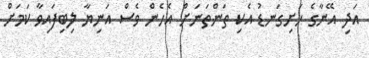
އަދި އޭނާގެ ހަށިގަނޑު އެކި ތަންތަނަށް އެހެން ވެސް އަނިޔާ ލިބިފައިވާ ކަމަށް